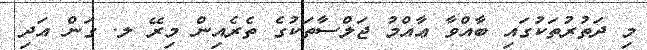
މި ދަތުރުތަކުގައި ބާއްވާ ޢާއްމު ޖަލްސާތަކުގެ ތެރެއިން މިރޭ ލ. ގަން އަދި